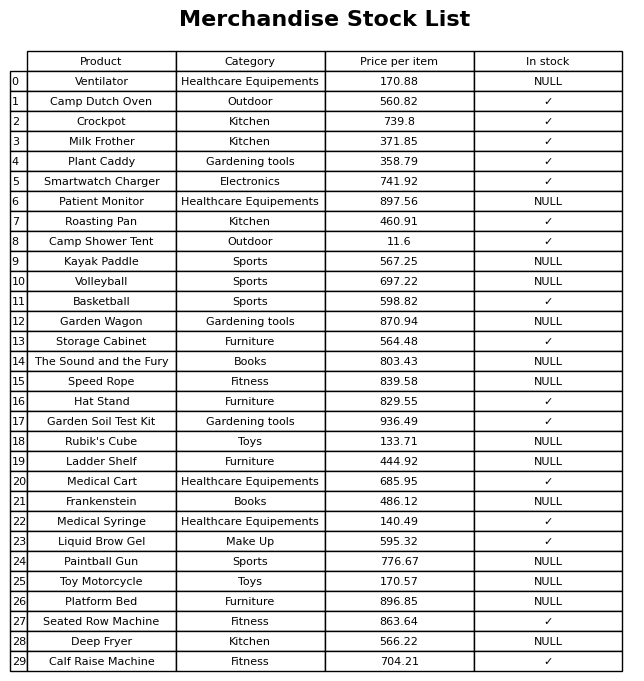
question: What is the price for Liquid Brow Gel?
answer: The price of Liquid Brow Gel is 595.32.